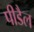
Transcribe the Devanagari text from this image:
पीडैल